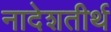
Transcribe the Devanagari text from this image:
नादेशतीर्थ